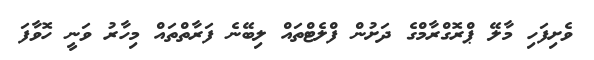
ވެށިފަހި މާލޭ ޕްރޮގްރާމްގެ ދަށުން ފްލެޓްތައް ލިބޭނެ ފަރާތްތައް މިހާރު ވަނީ ހޮވާފަ